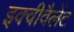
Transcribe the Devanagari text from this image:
इक्वीवैलेंट